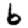
Digit: 6